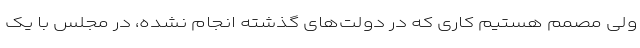
ولی مصمم هستیم کاری که در دولت‌های گذشته انجام نشده، در مجلس با یک